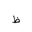
Letter: _za